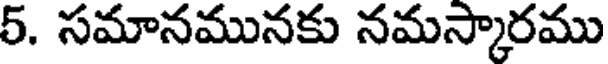
5. సమానమునకు నమస్కారము